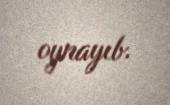
oynayıb.